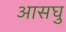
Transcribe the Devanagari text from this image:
आसघु